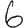
Digit: 6